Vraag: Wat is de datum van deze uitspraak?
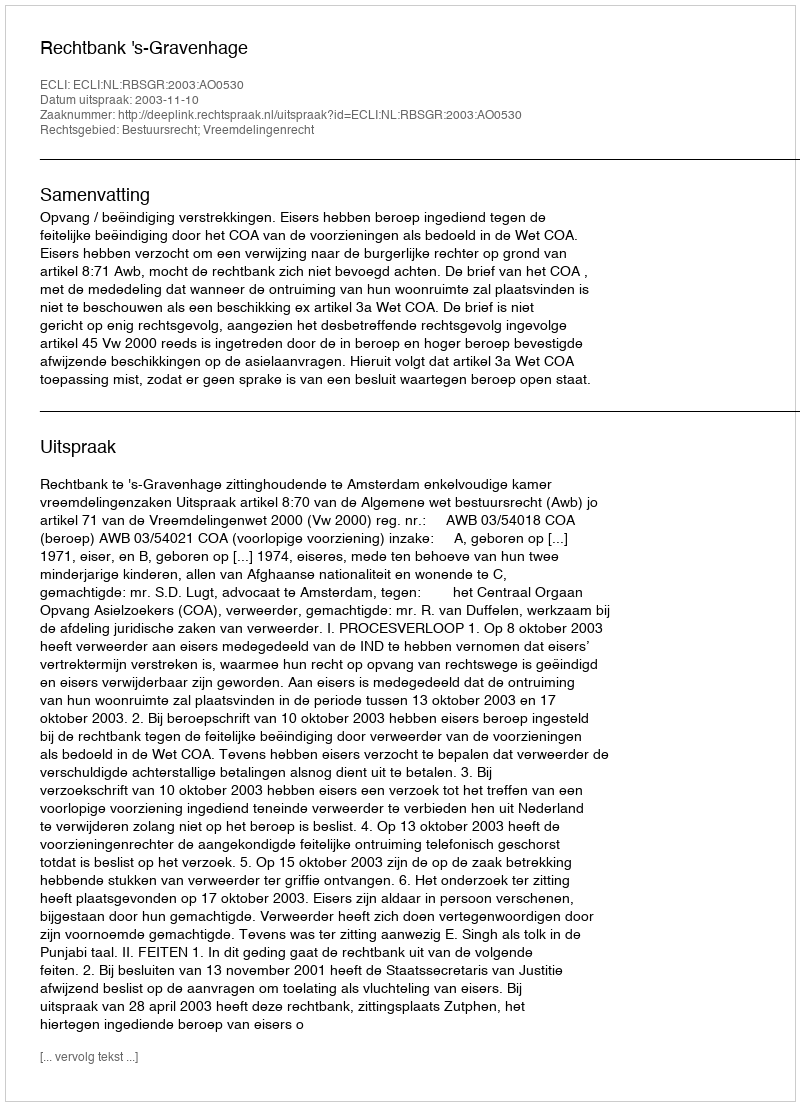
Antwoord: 2003-11-10